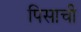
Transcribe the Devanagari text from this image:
पिसाची